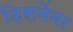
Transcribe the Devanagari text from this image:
डिसमेंबर